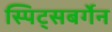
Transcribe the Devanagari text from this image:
स्पिट्सबर्गेन